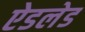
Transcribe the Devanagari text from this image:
ऐडलेड